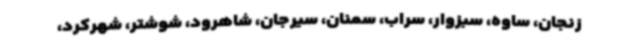
زنجان، ساوه، سبزوار، سراب، سمنان، سیرجان، شاهرود، شوشتر، شهرکرد،